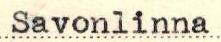
Savonlinna